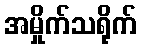
အမှိုက်သရိုက်